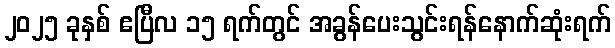
၂၀၂၅ ခုနှစ် ဧပြီလ ၁၅ ရက်တွင် အခွန်ပေးသွင်းရန်နောက်ဆုံးရက်